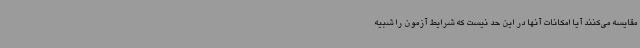
مقایسه می‌کنند آیا امکانات آنها در این حد نیست که شرایط آزمون را شبیه